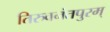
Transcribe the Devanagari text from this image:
तिरुवनंतपुरम्‌